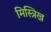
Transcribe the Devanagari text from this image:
मिस्त्रिख